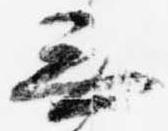
無